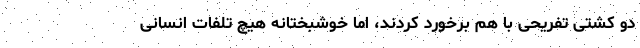
دو کشتی تفریحی با هم برخورد کردند، اما خوشبختانه هیچ تلفات انسانی